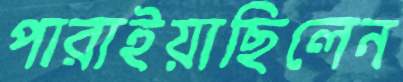
পারাইয়াছিলেন